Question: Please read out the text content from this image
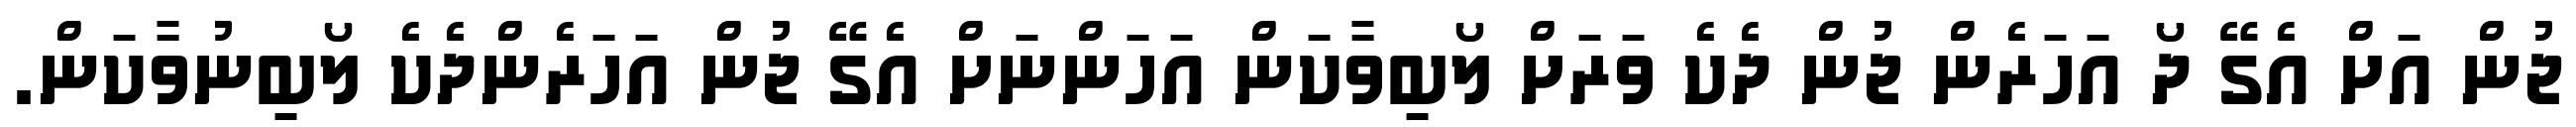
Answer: ޖުން އަށް އެގޭ ދޯ އަހަރެން ޖުން ދެކެ ވަރަށް ލޯބިވާކަން އަހަންނަށް އެގޭ ޖުން އަހަރެންދެކެ ލޯބިނުވާކަން.